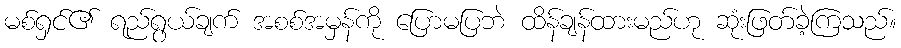
မစ်ရှင်၏ ရည်ရွယ်ချက် အစစ်အမှန်ကို ပြောမပြဘဲ ထိန်ချန်ထားမည်ဟု ဆုံးဖြတ်ခဲ့ကြသည်။